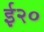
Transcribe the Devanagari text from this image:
ई२०